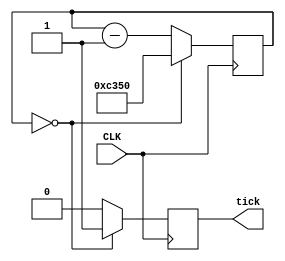
module divide50k(CLK, tick);
	input CLK;
	output tick;
	parameter N50k = 50000;
	initial tick = 0;
	reg [15:0] count;
	reg tick;
	always @ (posedge CLK)
		if(count==1'b0)
		begin
			tick<=1'b1;
			count<=N50k;
		end
		else
		begin
			count<=count-1'b1;
			tick<=1'b0;
		end
		
endmodule